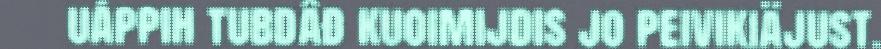
uáppih tubdâđ kuoimijdis jo peivikiäjust.